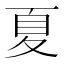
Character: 夏